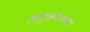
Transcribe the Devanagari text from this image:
आट्टक्कथाकारों